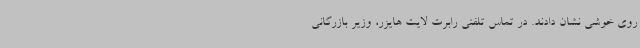
روی خوشی نشان دادند. در تماس تلفنی رابرت لایت هایزر، وزیر بازرگانی